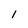
Character: l